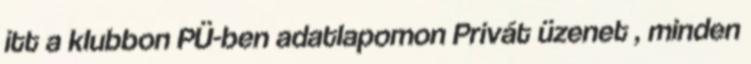
itt a klubbon PÜ-ben adatlapomon Privát üzenet , minden